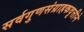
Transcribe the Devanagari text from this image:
सर्वगुणसंग्राहकवृत्तीने